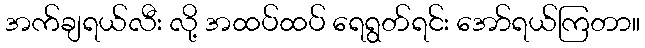
အက်ချရယ်လီး လို့ အထပ်ထပ် ရေရွတ်ရင်း အော်ရယ်ကြတာ။